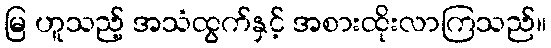
မြ ဟူသည့် အသံထွက်နှင့် အစားထိုးလာကြသည်။